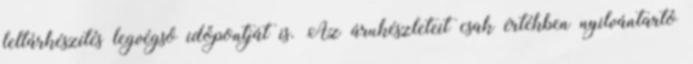
leltárkészítés legvégső időpontját is. Az árukészleteit csak értékben nyilvántartó